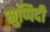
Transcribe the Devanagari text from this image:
मुप्पिदी